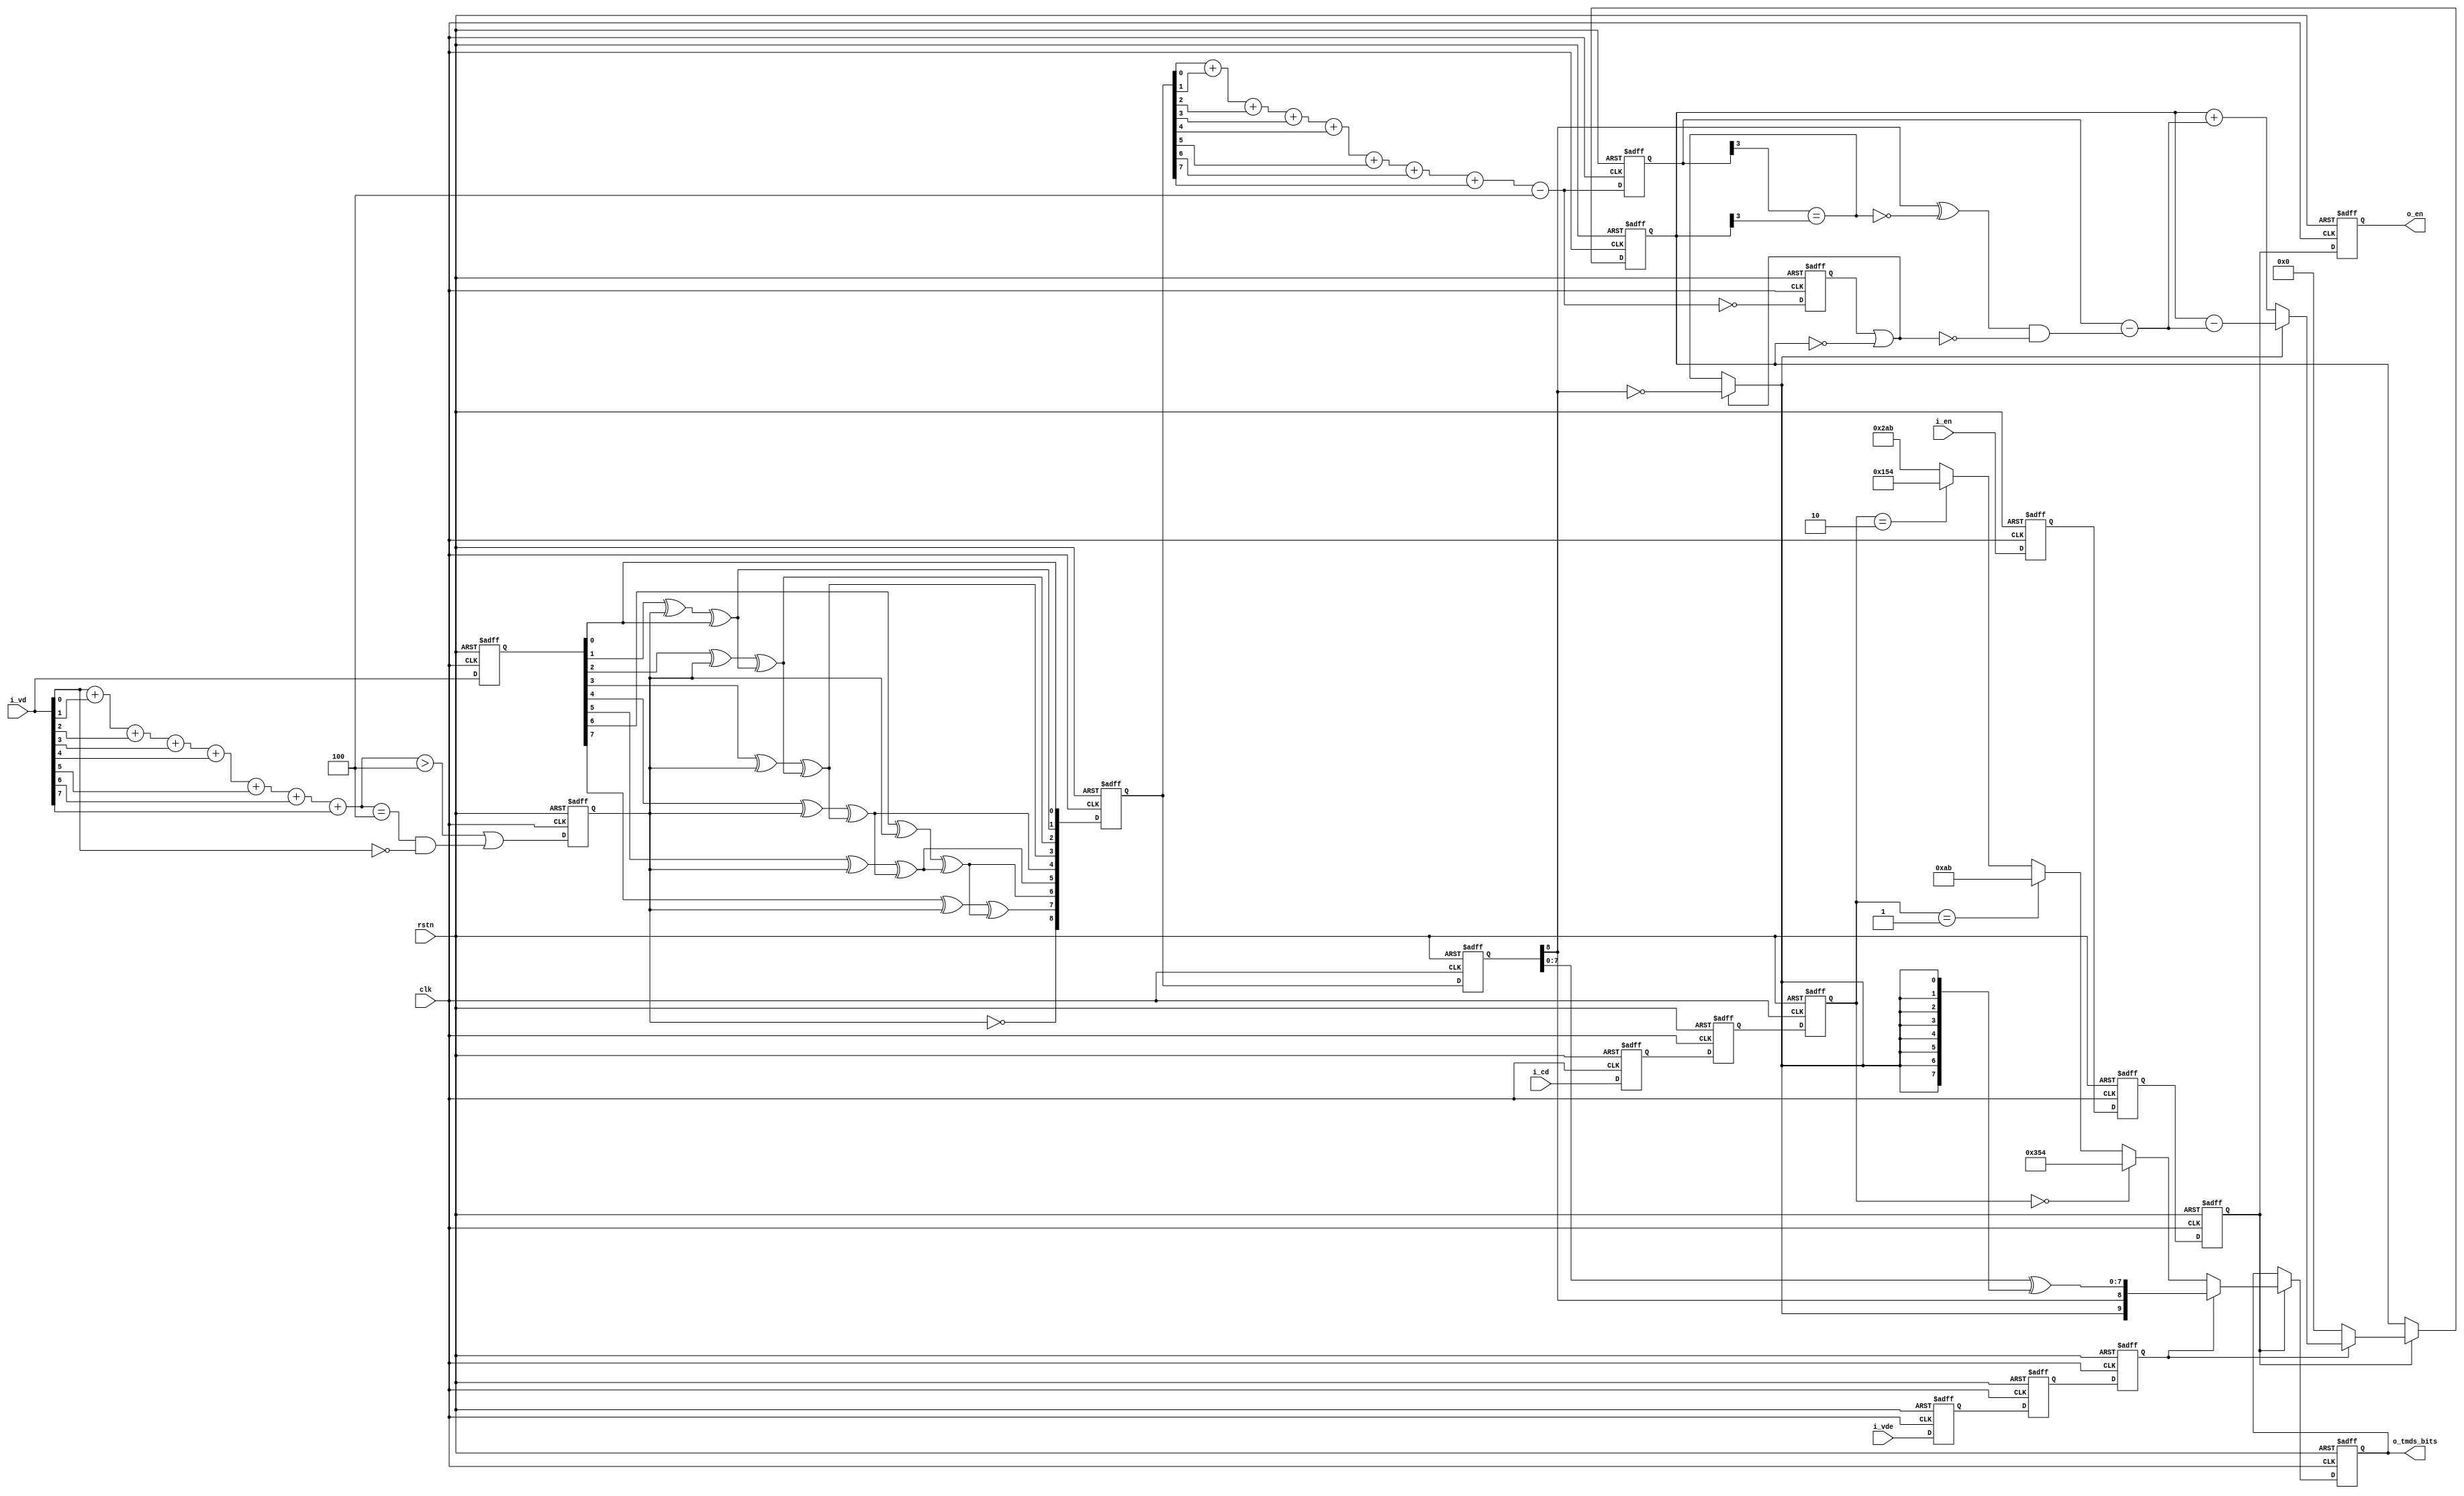

//--------------------------------------------------------------------------------------------------------
// Module  : hdmi_tmds_encode
// Type    : synthesizable, IP's sub module
// Standard: Verilog 2001 (IEEE1364-2001)
// Function: encode VSYNC, HSYNC and pixels to 10-bit TMDS data.
//--------------------------------------------------------------------------------------------------------

module hdmi_tmds_encode (
    input  wire       rstn,
    input  wire       clk,
    input  wire       i_en,
    input  wire       i_vde,   // video data enable, to choose between cd (when vde=0) and i_vd (when vde=1)
    input  wire [7:0] i_vd,    // video data (red, green or blue)
    input  wire [1:0] i_cd,    // control data
    output wire       o_en,
    output wire [9:0] o_tmds_bits
);


wire [3:0] i_n1bs  = {3'd0,i_vd[0]} + {3'd0,i_vd[1]} + {3'd0,i_vd[2]} + {3'd0,i_vd[3]} + {3'd0,i_vd[4]} + {3'd0,i_vd[5]} + {3'd0,i_vd[6]} + {3'd0,i_vd[7]};



/////////////////////////////////////////////////////////////////////////////////////////////
// stage E
/////////////////////////////////////////////////////////////////////////////////////////////

reg        e_en    = 1'b0;
reg        e_vde   = 1'b0;
reg  [7:0] e_vd    = 8'd0;
reg  [1:0] e_cd    = 2'd0;
reg        e_bxnor = 1'b0;

always @ (posedge clk or negedge rstn)
    if (~rstn) begin
        e_en    <= 1'b0;
        e_vde   <= 1'b0;
        e_vd    <= 8'd0;
        e_cd    <= 2'd0;
        e_bxnor <= 1'b0;
    end else begin
        e_en    <= i_en;
        e_vde   <= i_vde;
        e_vd    <= i_vd;
        e_cd    <= i_cd;
        e_bxnor <= (i_n1bs>4'd4) || ((i_n1bs==4'd4) && (i_vd[0]==1'b0));
    end

wire [8:0] d_qm;
assign d_qm[0] = e_vd[0];
assign d_qm[1] = e_vd[1] ^ e_bxnor ^ d_qm[0];
assign d_qm[2] = e_vd[2] ^ e_bxnor ^ d_qm[1];
assign d_qm[3] = e_vd[3] ^ e_bxnor ^ d_qm[2];
assign d_qm[4] = e_vd[4] ^ e_bxnor ^ d_qm[3];
assign d_qm[5] = e_vd[5] ^ e_bxnor ^ d_qm[4];
assign d_qm[6] = e_vd[6] ^ e_bxnor ^ d_qm[5];
assign d_qm[7] = e_vd[7] ^ e_bxnor ^ d_qm[6];
assign d_qm[8] = ~e_bxnor;



/////////////////////////////////////////////////////////////////////////////////////////////
// stage F
/////////////////////////////////////////////////////////////////////////////////////////////

reg        f_en  = 1'b0;
reg        f_vde = 1'b0;
reg  [1:0] f_cd  = 2'd0;
reg  [8:0] f_qm  = 9'd0;

always @ (posedge clk or negedge rstn)
    if (~rstn) begin
        f_en  <= 1'b0;
        f_vde <= 1'b0;
        f_cd  <= 2'd0;
        f_qm  <= 9'd0;
    end else begin
        f_en  <= e_en;
        f_vde <= e_vde;
        f_cd  <= e_cd;
        f_qm  <= d_qm;
    end

wire [3:0] f_bal = {3'd0,f_qm[0]} + {3'd0,f_qm[1]} + {3'd0,f_qm[2]} + {3'd0,f_qm[3]} + {3'd0,f_qm[4]} + {3'd0,f_qm[5]} + {3'd0,f_qm[6]} + {3'd0,f_qm[7]} - 4'd4;



/////////////////////////////////////////////////////////////////////////////////////////////
// stage G
/////////////////////////////////////////////////////////////////////////////////////////////

reg        g_en   = 1'b0;
reg        g_vde  = 1'b0;
reg  [1:0] g_cd   = 2'd0;
reg  [8:0] g_qm   = 9'd0;
reg  [3:0] g_bal  = 4'd0;
reg        g_bal0 = 1'b0;

always @ (posedge clk or negedge rstn)
    if (~rstn) begin
        g_en   <= 1'b0;
        g_vde  <= 1'b0;
        g_cd   <= 2'd0;
        g_qm   <= 9'd0;
        g_bal  <= 4'd0;
        g_bal0 <= 1'b0;
    end else begin
        g_en   <= f_en;
        g_vde  <= f_vde;
        g_cd   <= f_cd;
        g_qm   <= f_qm;
        g_bal  <= f_bal;
        g_bal0 <= (f_bal == 4'd0);
    end



/////////////////////////////////////////////////////////////////////////////////////////////
// stage H
/////////////////////////////////////////////////////////////////////////////////////////////

reg        h_en        = 1'b0;
reg  [3:0] h_acc       = 4'd0;
reg  [9:0] h_tmds_bits = 10'd0;

wire       eq_0      = (g_bal0 || (h_acc==4'd0));
wire       eq_sign   = (g_bal[3] == h_acc[3]);
wire       invert_qm = eq_0 ? (~g_qm[8]) : eq_sign;
wire       change    = (g_qm[8] ^ ~eq_sign) & ~eq_0;
wire [3:0] acc_inc   = g_bal - {3'd0, change};
wire [3:0] acc_new   = invert_qm ? (h_acc - acc_inc) : (h_acc + acc_inc);
wire [7:0] tmds_datal= g_qm[7:0] ^ {8{invert_qm}};
wire [9:0] tmds_data = {invert_qm, g_qm[8], tmds_datal};

wire [9:0] tmds_ctrl = (g_cd == 2'b00) ? 10'b1101010100 :
                       (g_cd == 2'b01) ? 10'b0010101011 :
                       (g_cd == 2'b10) ? 10'b0101010100 :
                                         10'b1010101011 ;

always @ (posedge clk or negedge rstn)
    if (~rstn) begin
        h_en        <= 1'b0;
        h_acc       <= 4'd0;
        h_tmds_bits <= 10'd0;
    end else begin
        h_en        <= g_en;
        if (g_en) begin
            h_acc       <= g_vde ? acc_new   : 4'd0;
            h_tmds_bits <= g_vde ? tmds_data : tmds_ctrl;
        end
    end



/////////////////////////////////////////////////////////////////////////////////////////////
// assign output
/////////////////////////////////////////////////////////////////////////////////////////////

assign o_en        = h_en;
assign o_tmds_bits = h_tmds_bits;


endmodule